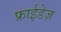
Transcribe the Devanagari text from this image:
फ्राईडेज़